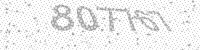
Solution: 807767